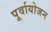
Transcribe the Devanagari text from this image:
पूर्वायोजन